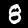
Label: 8